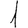
Digit: 1